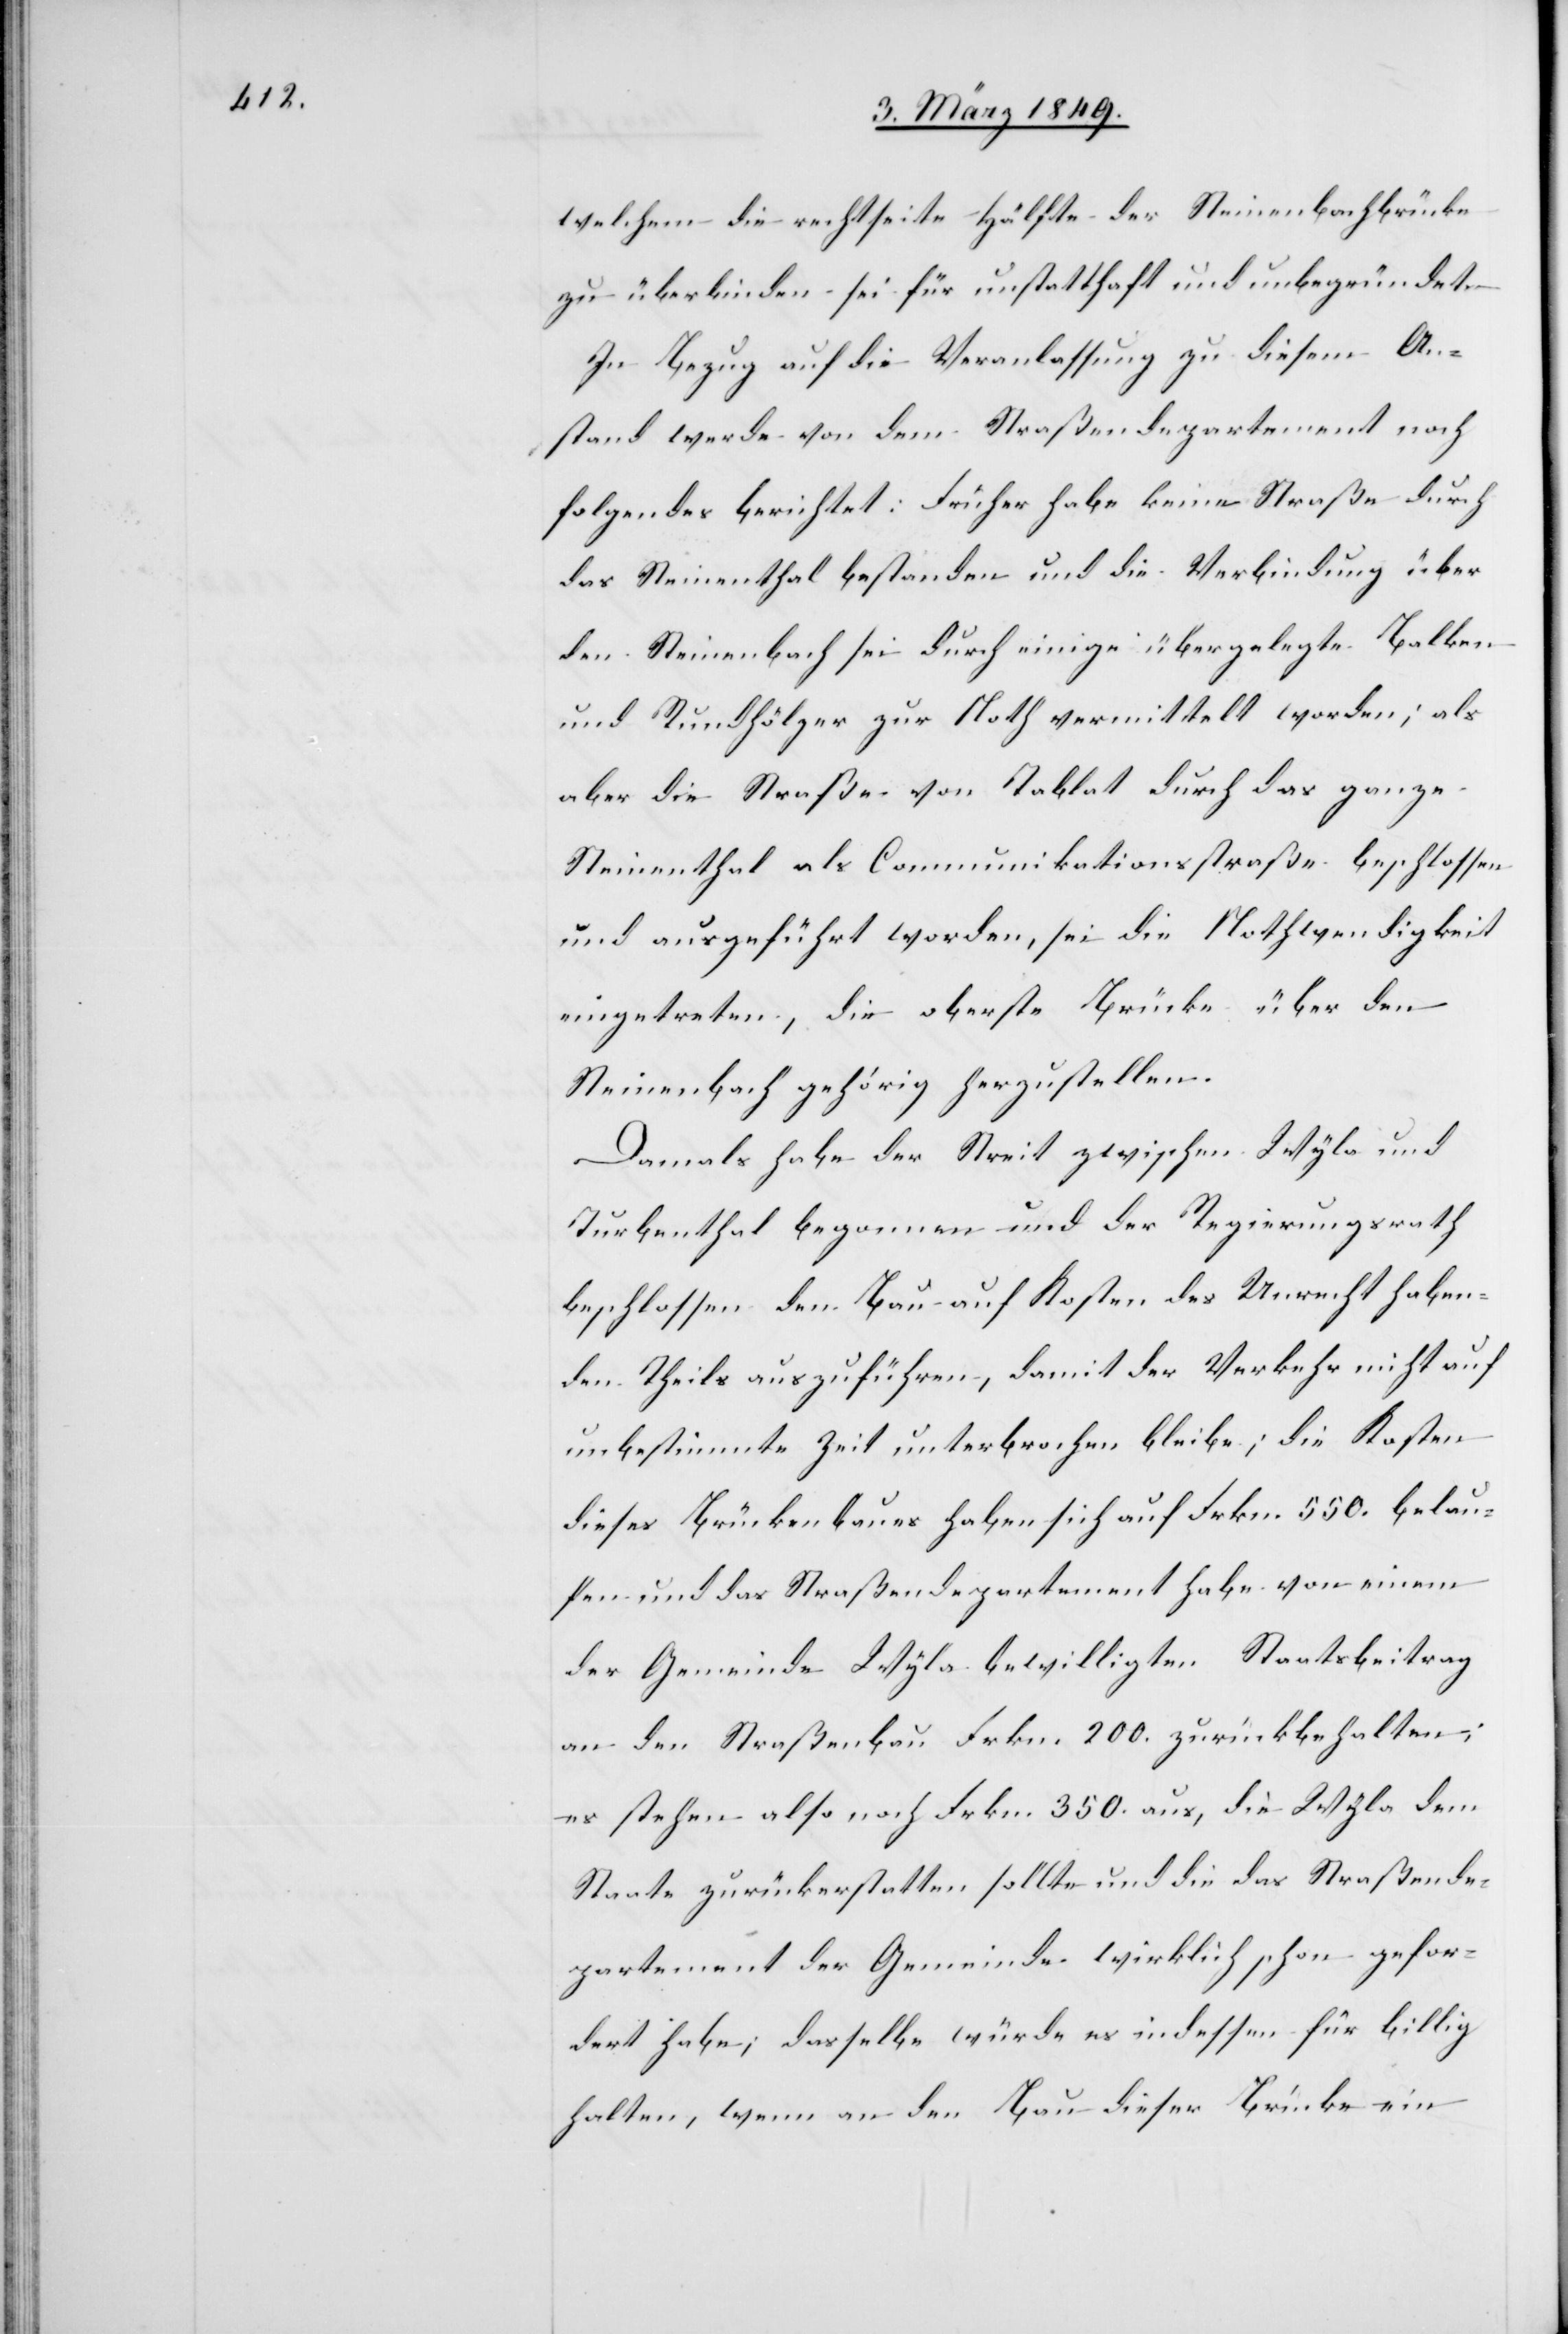
welchem die rechtseit[ig]e Hälfte der Steinenbachbrücke
zu überbinden sei für unstatthaft und unbegründet.
In Bezug auf die Veranlassung zu diesem An¬
stand werde von dem Straßendepartement noch
folgendes berichtet: Früher habe keine Straße durch
das Steinenthal bestanden und die Verbindung über
den Steinenbach sei durch einige übergelegte Balken
und Rundhölzer zur Noth vermittelt worden; als
aber die Straße von Tablat durch das ganze
Steinenthal als Communikationsstraße beschlossen
und ausgeführt worden, sei die Nothwendigkeit
eingetreten, die oberste Brücke über den
Steinenbach gehörig herzustellen.
Damals habe der Streit zwischen Wyla und
Turbenthal begonnen und der Regierungsrath
beschlossen den Bau auf Kosten des Unrecht haben¬
den Theils auszuführen, damit der Verkehr nicht auf
unbestimmte Zeit unterbrochen bleibe; die Kosten
dieses Brückenbaues haben sich auf Frkn. 550. belau¬
fen und das Straßendepartement habe von einem
der Gemeinde Wyla bewilligten Staatsbeitrag
an den Straßenbau Frkn. 200. zurückbehalten;
es stehen also noch Frkn. 350. aus, die Wyla dem
Staate zurückerstatten sollte und die das Straßende¬
partement der Gemeinde Wyla wirklich schon gefor¬
dert habe; dasselbe würde es indessen für billig
halten, wenn an den Bau dieser Brücke ein